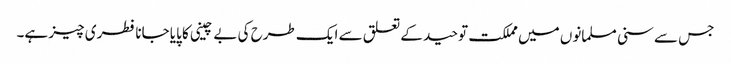
جس سے سنی مسلمانوں میں مملکت توحید کے تعلق سے ایک طرح کی بے چینی کا پایا جانا فطری چیز ہے۔